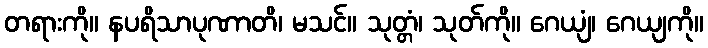
တရားကို။ နပရိသာပုဏာတိ၊ မသင်။ သုတ္တံ၊ သုတ်ကို။ ဂေယျံ၊ ဂေယျကို။